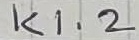
Text: K1.2